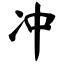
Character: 冲